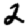
Digit: 2